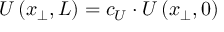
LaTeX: U \left( x _ { \perp } , L \right) = c _ { U } \cdot U \left( x _ { \perp } , 0 \right)